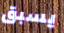
يسبق